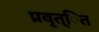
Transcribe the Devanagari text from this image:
प्रवृत्ित